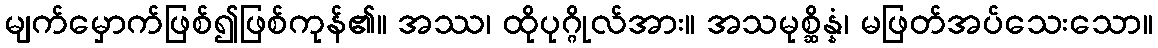
မျက်မှောက်ဖြစ်၍ဖြစ်ကုန်၏။ အဿ၊ ထိုပုဂ္ဂိုလ်အား။ အသမုစ္ဆိန္နံ၊ မဖြတ်အပ်သေးသော။